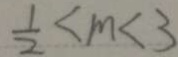
\frac { 1 } { 2 } < m < 3